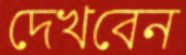
দেখবেন